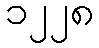
၁၂၂၈